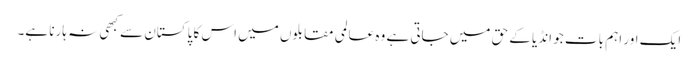
ایک اور اہم بات جو انڈیا کے حق میں جاتی ہے وہ عالمی مقابلوں میں اس کا پاکستان سے کبھی نہ ہارنا ہے۔